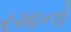
રમાનો